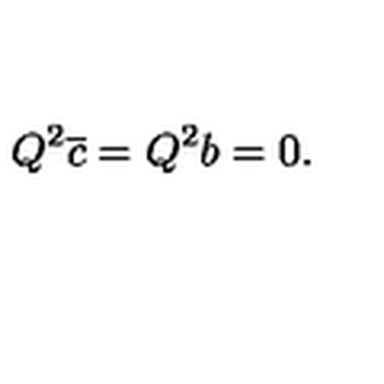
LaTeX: Q ^ { 2 } \overline { { c } } = Q ^ { 2 } b = 0 .